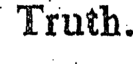
Truth.